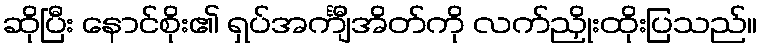
ဆိုပြီး နောင်စိုး၏ ရှပ်အင်္ကျီအိတ်ကို လက်ညှိုးထိုးပြသည်။